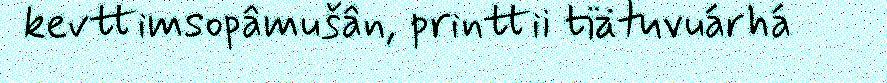
kevttimsopâmušân, printtii tiätuvuárhá